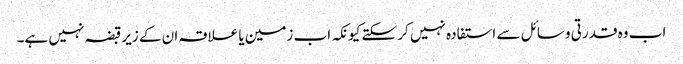
اب وہ قدرتی وسائل سے استفادہ نہیں کر سکتے کیونکہ اب زمین یا علاقہ ان کے زیرقبضہ نہیں ہے۔